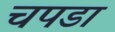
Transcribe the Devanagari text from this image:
चपडा